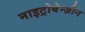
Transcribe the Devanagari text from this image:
नाइट्रोबेन्ज़ीन